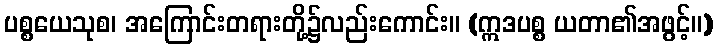
ပစ္စယေသုစ၊ အကြောင်းတရားတို့၌လည်းကောင်း။ (ဣဒပစ္စ ယတာ၏အဖွင့်။)